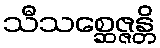
သီသစ္ဆေဇ္ဇန္တိ